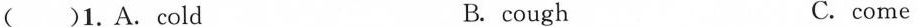
( )1.A. cold B. cough C.come